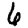
Digit: 6